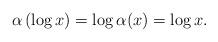
LaTeX: \begin{align*} \alpha\left( \log x\right) = \log \alpha(x) = \log x.\end{align*}